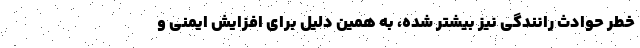
خطر حوادث رانندگی نیز بیشتر شده، به همین دلیل برای افزایش ایمنی و